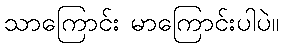
သာကြောင်း မာကြောင်းပါပဲ။